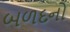
બળદનો